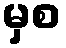
မှစ